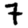
Digit: 7